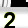
Digit: 2